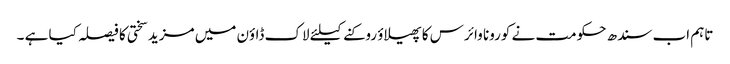
تاہم اب سندھ حکومت نے کورونا وائرس کا پھیلاؤ روکنے کیلئے لاک ڈاؤن میں مزید سختی کا فیصلہ کیا ہے ۔